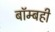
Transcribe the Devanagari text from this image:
बॉम्बही